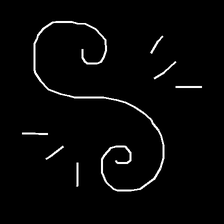
Glyph: wind-directs-air